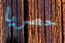
حصريا